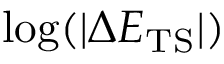
\mathrm { l o g } ( | \Delta E _ { \mathrm { T S } } | )